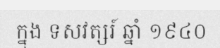
ក្នុង ទសវត្សរ៍ ឆ្នាំ ១៩៤០